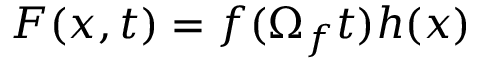
\boldsymbol { F } ( \boldsymbol { x } , t ) = \boldsymbol { f } ( \Omega _ { f } t ) h ( \boldsymbol { x } )